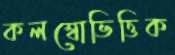
কলম্বোভিত্তিক